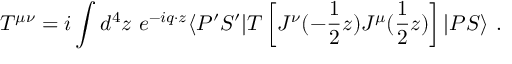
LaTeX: T ^ { \mu \nu } = i \int d ^ { 4 } z ~ e ^ { - i q \cdot z } \langle P ^ { \prime } S ^ { \prime } | T \left[ J ^ { \nu } ( - \frac { 1 } { 2 } z ) J ^ { \mu } ( \frac { 1 } { 2 } z ) \right] | P S \rangle \ .